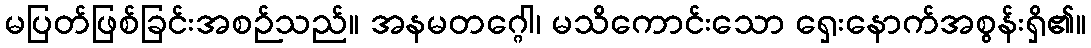
မပြတ်ဖြစ်ခြင်းအစဉ်သည်။ အနမတဂ္ဂေါ၊ မသိကောင်းသော ရှေးနောက်အစွန်းရှိ၏။